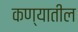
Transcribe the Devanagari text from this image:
कण्यातील